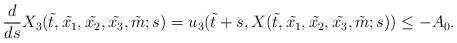
LaTeX: \begin{align*}\frac{d}{{ds}}X_3 (\tilde{t} , \tilde{x_1},\tilde{x_2}, \tilde{x_3}, \tilde{m}; s) =u_3 (\tilde{t} +s, X (\tilde{t} , \tilde{x_1},\tilde{x_2}, \tilde{x_3}, \tilde{m}; s)) \le -A_0.\end{align*}